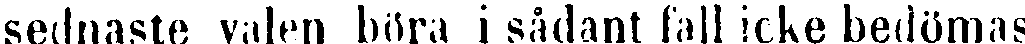
sednaste valen böra i sådant fall icke bedömas